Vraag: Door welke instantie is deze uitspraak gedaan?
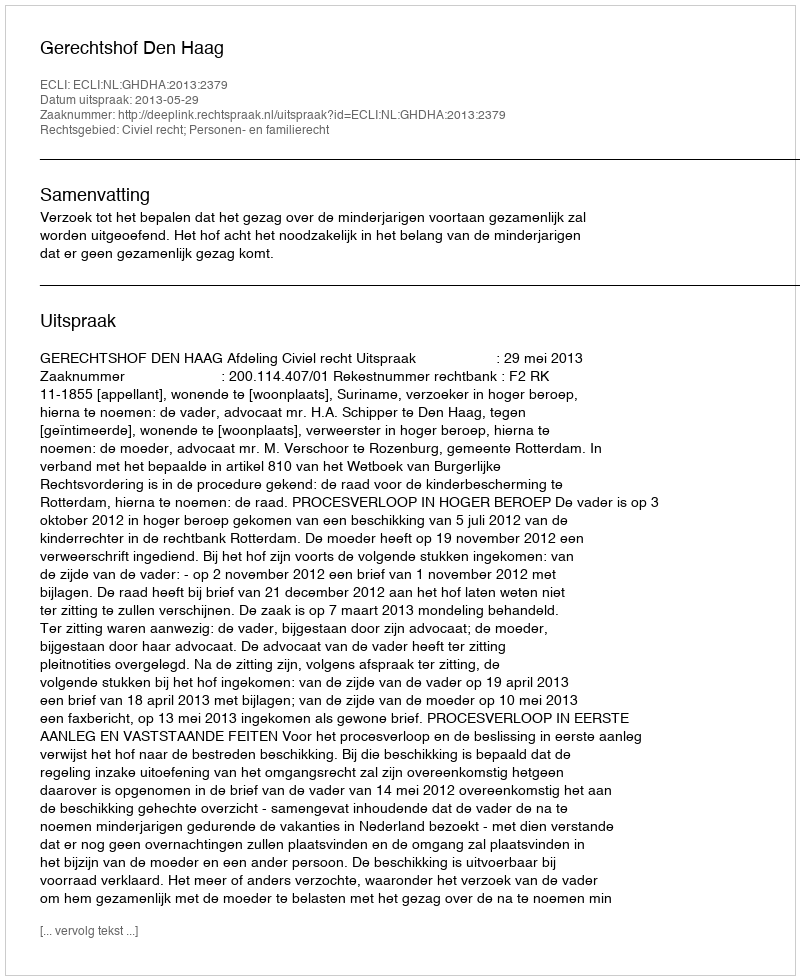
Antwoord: Gerechtshof Den Haag